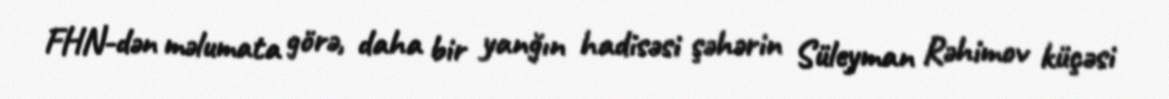
FHN-dən məlumata görə, daha bir yanğın hadisəsi şəhərin Süleyman Rəhimov küçəsi